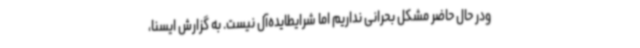
ودر حال حاضر مشکل بحرانی نداریم اما شرایطایده‌آل نیست. به گزارش ایسنا،